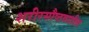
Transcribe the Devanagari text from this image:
शरीरसौष्ठवातील